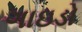
ગાઇડો